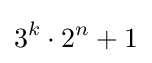
3^{k}\cdot 2^{n}+1